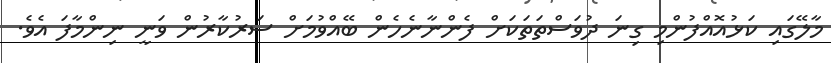
މާލޭގައި ކަޅުއޮއްފުންމި ގިނަ ދުވަސްތަތަކަށް ފެންނާނެހެން ބޭއްވުމަށް ސަރުކާރުން ވަނީ ނިންމާފަ އެވެ.